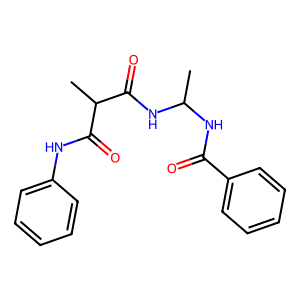
SMILES: CC(NC(=O)c1ccccc1)NC(=O)C(C)C(=O)Nc1ccccc1
Inhibits HIV replication: No